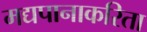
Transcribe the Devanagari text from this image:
मद्यपानाकरिता